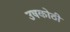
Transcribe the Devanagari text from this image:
उषकोठी